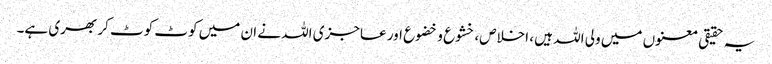
یہ حقیقی معنوں میں ولی اللہ ہیں ، اخلاص، خشوع و خضوع اور عاجزی اللہ نے ان میں کوٹ کوٹ کر بھری ہے۔